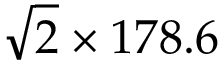
\sqrt { 2 } \times 1 7 8 . 6